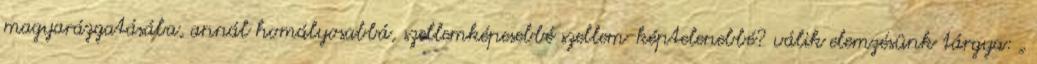
magyarázgatásába, annál homályosabbá, szellemképesebbé szellem-képtelenebbé? válik elemzésünk tárgya: „